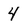
Character: 4